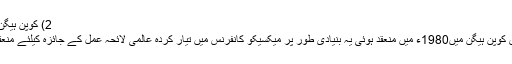
2) کوپن ہیگن کانفرنس:
یہ کانفرنس کوپن ہیگن میں1980ء میں منعقد ہوئی یہ بنیادی طور پر میکسیکو کانفرنس میں تیار کردہ عالمی لائحہ عمل کے جائزہ کیلئے منعقد کی گئی۔